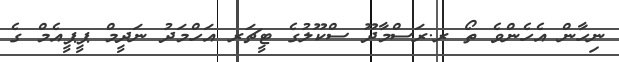
ނިހާން އެހެންވެ ތޯ ރ.ރަސްމާދޫ ސްކޫލުގެ ޓީޗަރ އަހްމަދު ނަދީމް ޕީޕީއެމް ގެ